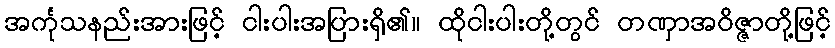
အင်္ကုသနည်းအားဖြင့် ငါးပါးအပြားရှိ၏။ ထိုငါးပါးတို့တွင် တဏှာအဝိဇ္ဇာတို့ဖြင့်